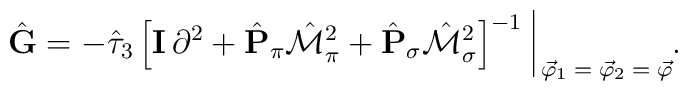
\hat{\bf G} = - \hat{\tau}_3 \left[ {\bf I} \, \partial^2 + \hat{\bf P}_\pi \hat{\cal M}_\pi^2 + \hat{\bf P}_\sigma \hat{\cal M}_\sigma^2 \right]^{- 1} \, \rule[-3mm]{.14mm}{8.5mm} \raisebox{-2.85mm}{\scriptsize{$\; \vec{\varphi}_1 = \vec{\varphi}_2 = \vec{\varphi}$}} .